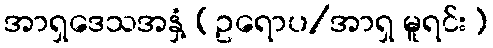
အာရှဒေသအနှံ့ (ဥရောပ/အာရှ မူရင်း)